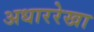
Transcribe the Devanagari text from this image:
अधाररेखा